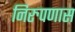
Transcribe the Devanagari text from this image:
निरुपणास